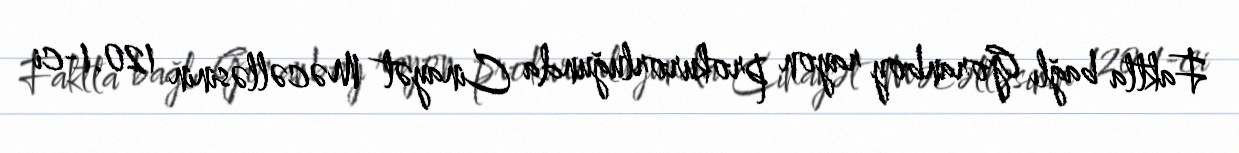
Faktla bağlı Goranboy rayon prokurorluğunda Cinayət Məcəlləsinin 120.1-ci